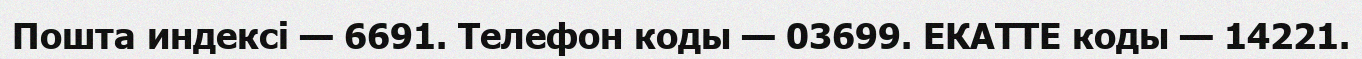
Пошта индексі — 6691. Телефон коды — 03699. ЕКАТТЕ коды — 14221.